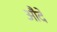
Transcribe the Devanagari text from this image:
औदे